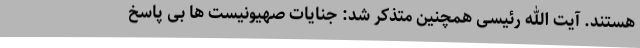
هستند. آیت الله رئیسی همچنین متذکر شد: جنایات صهیونیست ها بی پاسخ